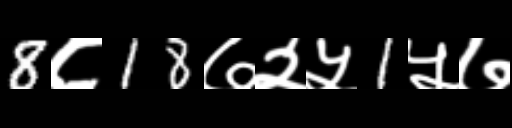
Text: 8८18७२५1५७